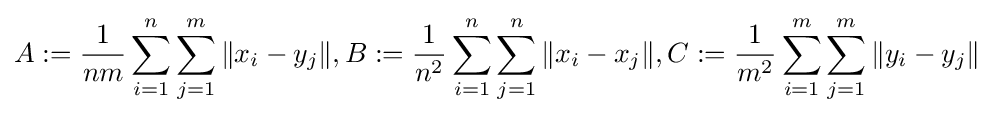
A:={\frac {1}{nm}}\sum _{i=1}^{n}\sum _{j=1}^{m}\|x_{i}-y_{j}\|,B:={\frac {1}{n^{2}}}\sum _{i=1}^{n}\sum _{j=1}^{n}\|x_{i}-x_{j}\|,C:={\frac {1}{m^{2}}}\sum _{i=1}^{m}\sum _{j=1}^{m}\|y_{i}-y_{j}\|